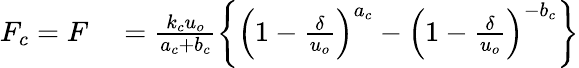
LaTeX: \begin{array}{rl}{F_{c}=F}&{{}=\frac{k_{c}u_{o}}{a_{c}+b_{c}}\left\{ \left(1-\frac{\delta}{u_{o}}\right)^{a_{c}}-\left(1-\frac{\delta}{u_{o}}\right)^{-b_{c}}\right\} }\end{array}